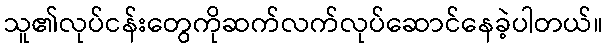
သူ၏လုပ်ငန်းတွေကိုဆက်လက်လုပ်ဆောင်နေခဲ့ပါတယ်။